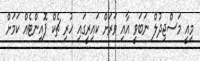
މިއީ މަސްޖިދުލް ނަބަވީ އާއި ވަރަށް ކައިރީގައި ހުރި ޗެކް ޕޮއިންޓެއް ކަމަށް